Annual report of the Punjab Veterinary College and of the Civil Veterinary Department, Punjab - 1926-1932
Year: 1926
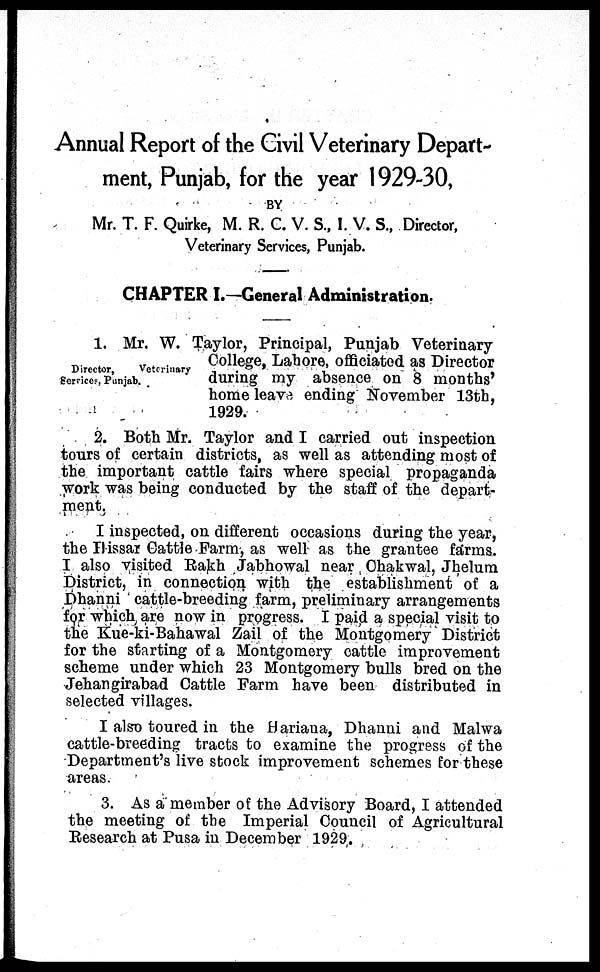
Annual Report of the Civil Veterinary Depart-
ment, Punjab, for the year 1929-30,
BY
Mr. T. F. Quirke, M. R. C. V. S., I. V. S., Director,
Veterinary Services, Punjab.
CHAPTER I.—General Administration.
Director,
Veterinary
Services, Punjab.
1. Mr. W. Taylor, Principal, Punjab Veterinary
College, Lahore, officiated as Director
during my absence on 8 months'
home leave ending November 13th,
1929.
2. Both Mr. Taylor and I carried out inspection
tours of certain districts, as well as attending most of
the important cattle fairs where special propaganda
work was being conducted by the staff of the depart-
ment.
I inspected, on different occasions during the year,
the Hissar Cattle Farm, as well as the grantee farms.
I also visited Rakh Jabhowal near Chakwal, Jhelum
District, in connection with the establishment of a
Dhanni cattle-breeding farm, preliminary arrangements
for which are now in progress. I paid a special visit to
the Kue-ki-Bahawal Zail of the Montgomery District
for the starting of a Montgomery cattle improvement
scheme under which 23 Montgomery bulls bred on the
Jehangirabad Cattle Farm have been distributed in
selected villages.
I also toured in the Hariana, Dhanni and Malwa
cattle-breeding tracts to examine the progress of the
Department's live stock improvement schemes for these
areas.
3. As a member of the Advisory Board, I attended
the meeting of the Imperial Council of Agricultural
Research at Pusa in December 1929.